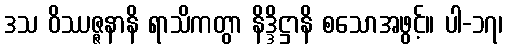
ဒသ ဝိဿဇ္ဇနာနိ ရာသိကတွာ နိဒ္ဒိဋ္ဌာနိ စသောအဖွင့်။ ပါ-၁၇၊